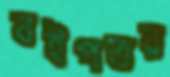
বইপত্তর